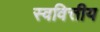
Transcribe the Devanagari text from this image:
स्ववित्तीय